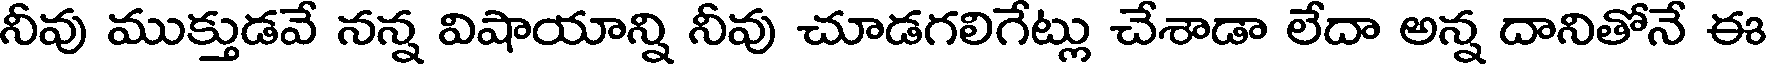
నీవు ముక్తుడవే నన్న విషాయాన్ని నీవు చూడగలిగేట్లు చేశాడా లేదా అన్న దానితోనే ఈ